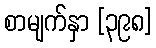
စာမျက်နှာ [၃၉၈]